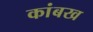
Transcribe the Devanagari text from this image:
कांबख